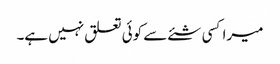
میرا کسی شئے سے کوئی تعلق نہیں ہے۔